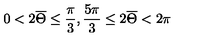
0 < 2 \overline { \Theta } \leq \frac { \pi } { 3 } , \frac { 5 \pi } { 3 } \leq 2 \overline { \Theta } < 2 \pi